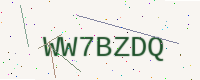
Text: WW7BZDQ